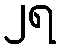
၂ရ